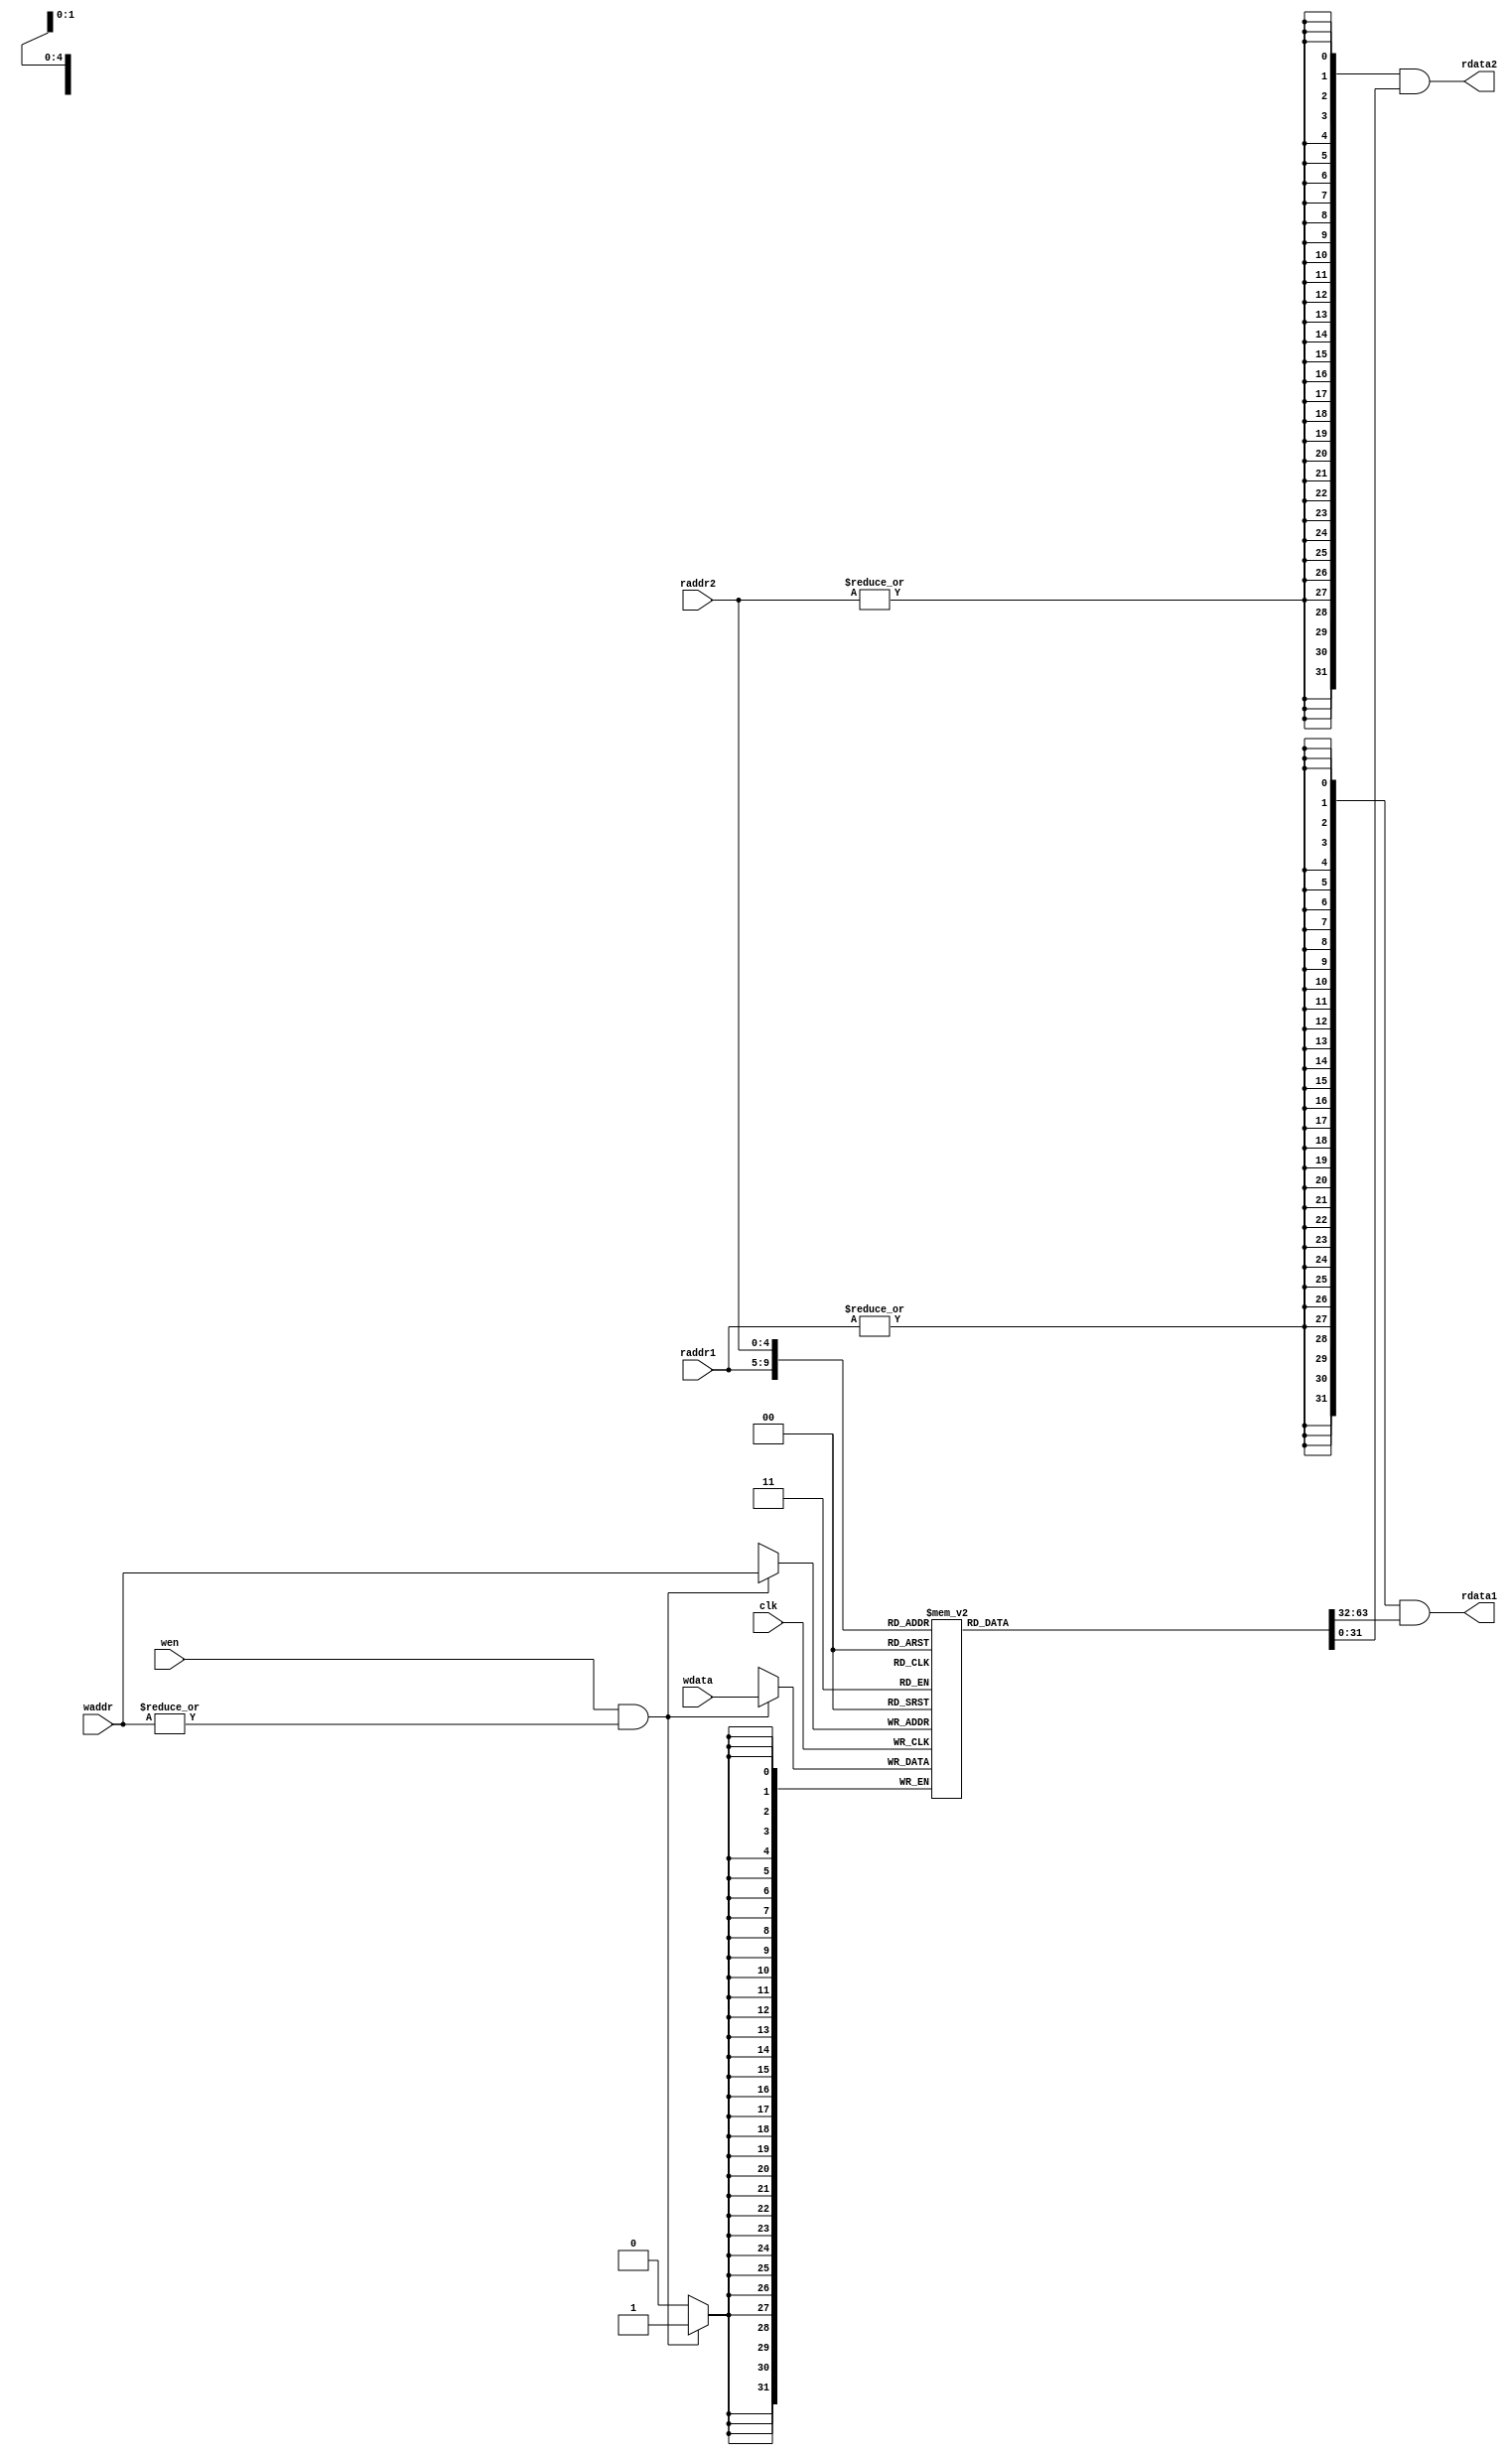
`timescale 10 ns / 1 ns

`define DATA_WIDTH 32
`define ADDR_WIDTH 5
`define REG_NUM 31
`define TOP 32

module reg_file(
	input                       clk,
	input  [`ADDR_WIDTH - 1:0]  waddr,
	input  [`ADDR_WIDTH - 1:0]  raddr1,
	input  [`ADDR_WIDTH - 1:0]  raddr2,
	input                       wen,
	input  [`DATA_WIDTH - 1:0]  wdata,
	output [`DATA_WIDTH - 1:0]  rdata1,
	output [`DATA_WIDTH - 1:0]  rdata2
);

	// TODO: Please add your logic design here
	
	reg [`DATA_WIDTH -1 : 0] RF [`TOP-1 : 0];

	always @ (posedge clk)
	begin
		if(wen & (|waddr)) begin // |waddr is equal to waddr != 5'b0
			RF[waddr] <= wdata;
		end
	end

	assign rdata1 = {`DATA_WIDTH {|raddr1}} & RF [raddr1];
	assign rdata2 = {`DATA_WIDTH {|raddr2}} & RF [raddr2];
endmodule